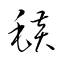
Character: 毯